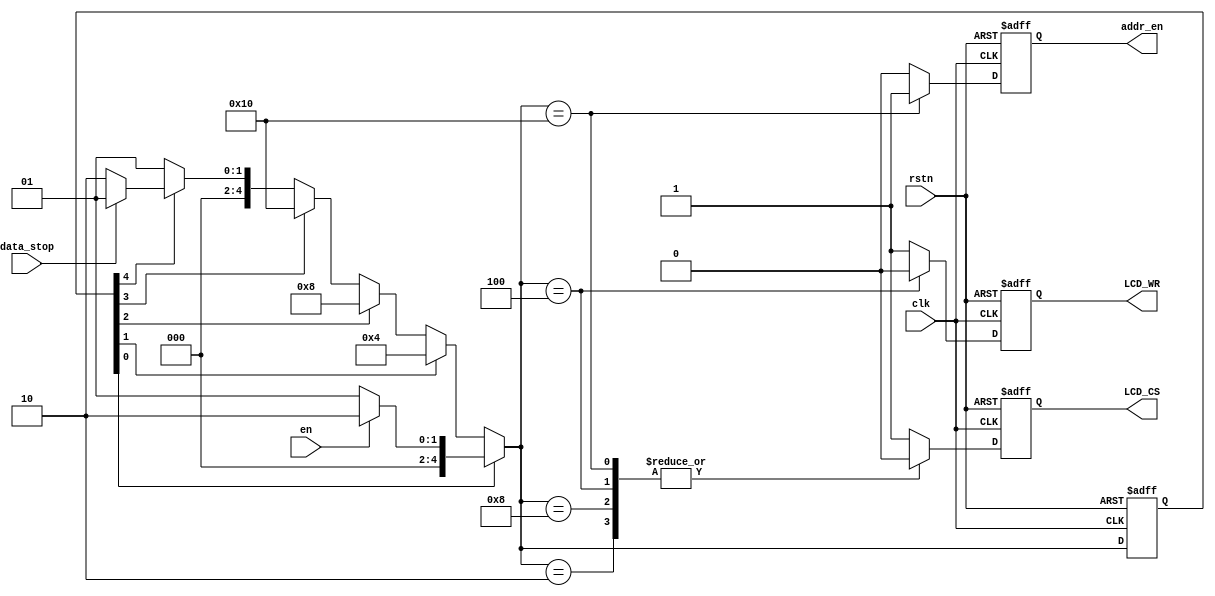
module WriteCtrl(
    input               clk,
    input               rstn,
    input               en,
    input               data_stop,
    output     reg      addr_en,
    output     reg      LCD_CS,
    output     reg      LCD_WR
);

localparam  IDLE  = 6'b000001;
localparam  WAIT  = 6'b000010;
localparam  WR_L  = 6'b000100;
localparam  WR_H  = 6'b001000;
localparam  ADDR  = 6'b010000;

reg [10:0] cur_state, nxt_state;

always @ (*) begin
    if (cur_state[0])
        nxt_state = en ? WAIT : IDLE;
    else if (cur_state[1]) 
        nxt_state = WR_L;
    else if (cur_state[2])
        nxt_state = WR_H;
    else if (cur_state[3])
        nxt_state = ADDR;
    else if (cur_state[4])
        nxt_state = data_stop ? IDLE : WAIT ;   
    else nxt_state = IDLE;
end

always @ (posedge clk or negedge rstn) begin
    if (~rstn) cur_state <= IDLE;
    else cur_state <= nxt_state;
end

always @(posedge clk or negedge rstn) begin
    if (~rstn) begin
        LCD_CS <= 1'b1;
        LCD_WR <= 1'b1;
        addr_en <= 1'b0;
    end else begin
        case (nxt_state)
            IDLE: begin 
                LCD_CS <= 1'b1;
                LCD_WR <= 1'b1;
                addr_en <= 1'b0;
            end
            WAIT: begin 
                LCD_CS <= 1'b0;
                LCD_WR <= 1'b1;
                addr_en <= 1'b0;
            end
            WR_L: begin 
                LCD_CS <= 1'b0;
                LCD_WR <= 1'b0;
                addr_en <= 1'b0;
            end
            WR_H: begin 
                LCD_CS <= 1'b0;
                LCD_WR <= 1'b1;
                addr_en <= 1'b0;
            end
            ADDR: begin 
                LCD_CS <= 1'b0;
                LCD_WR <= 1'b1;
                addr_en <= 1'b1; 
            end
            default: begin 
                LCD_CS <= 1'b1;
                LCD_WR <= 1'b1;
                addr_en<= 1'b0;
            end
        endcase
    end
end

endmodule